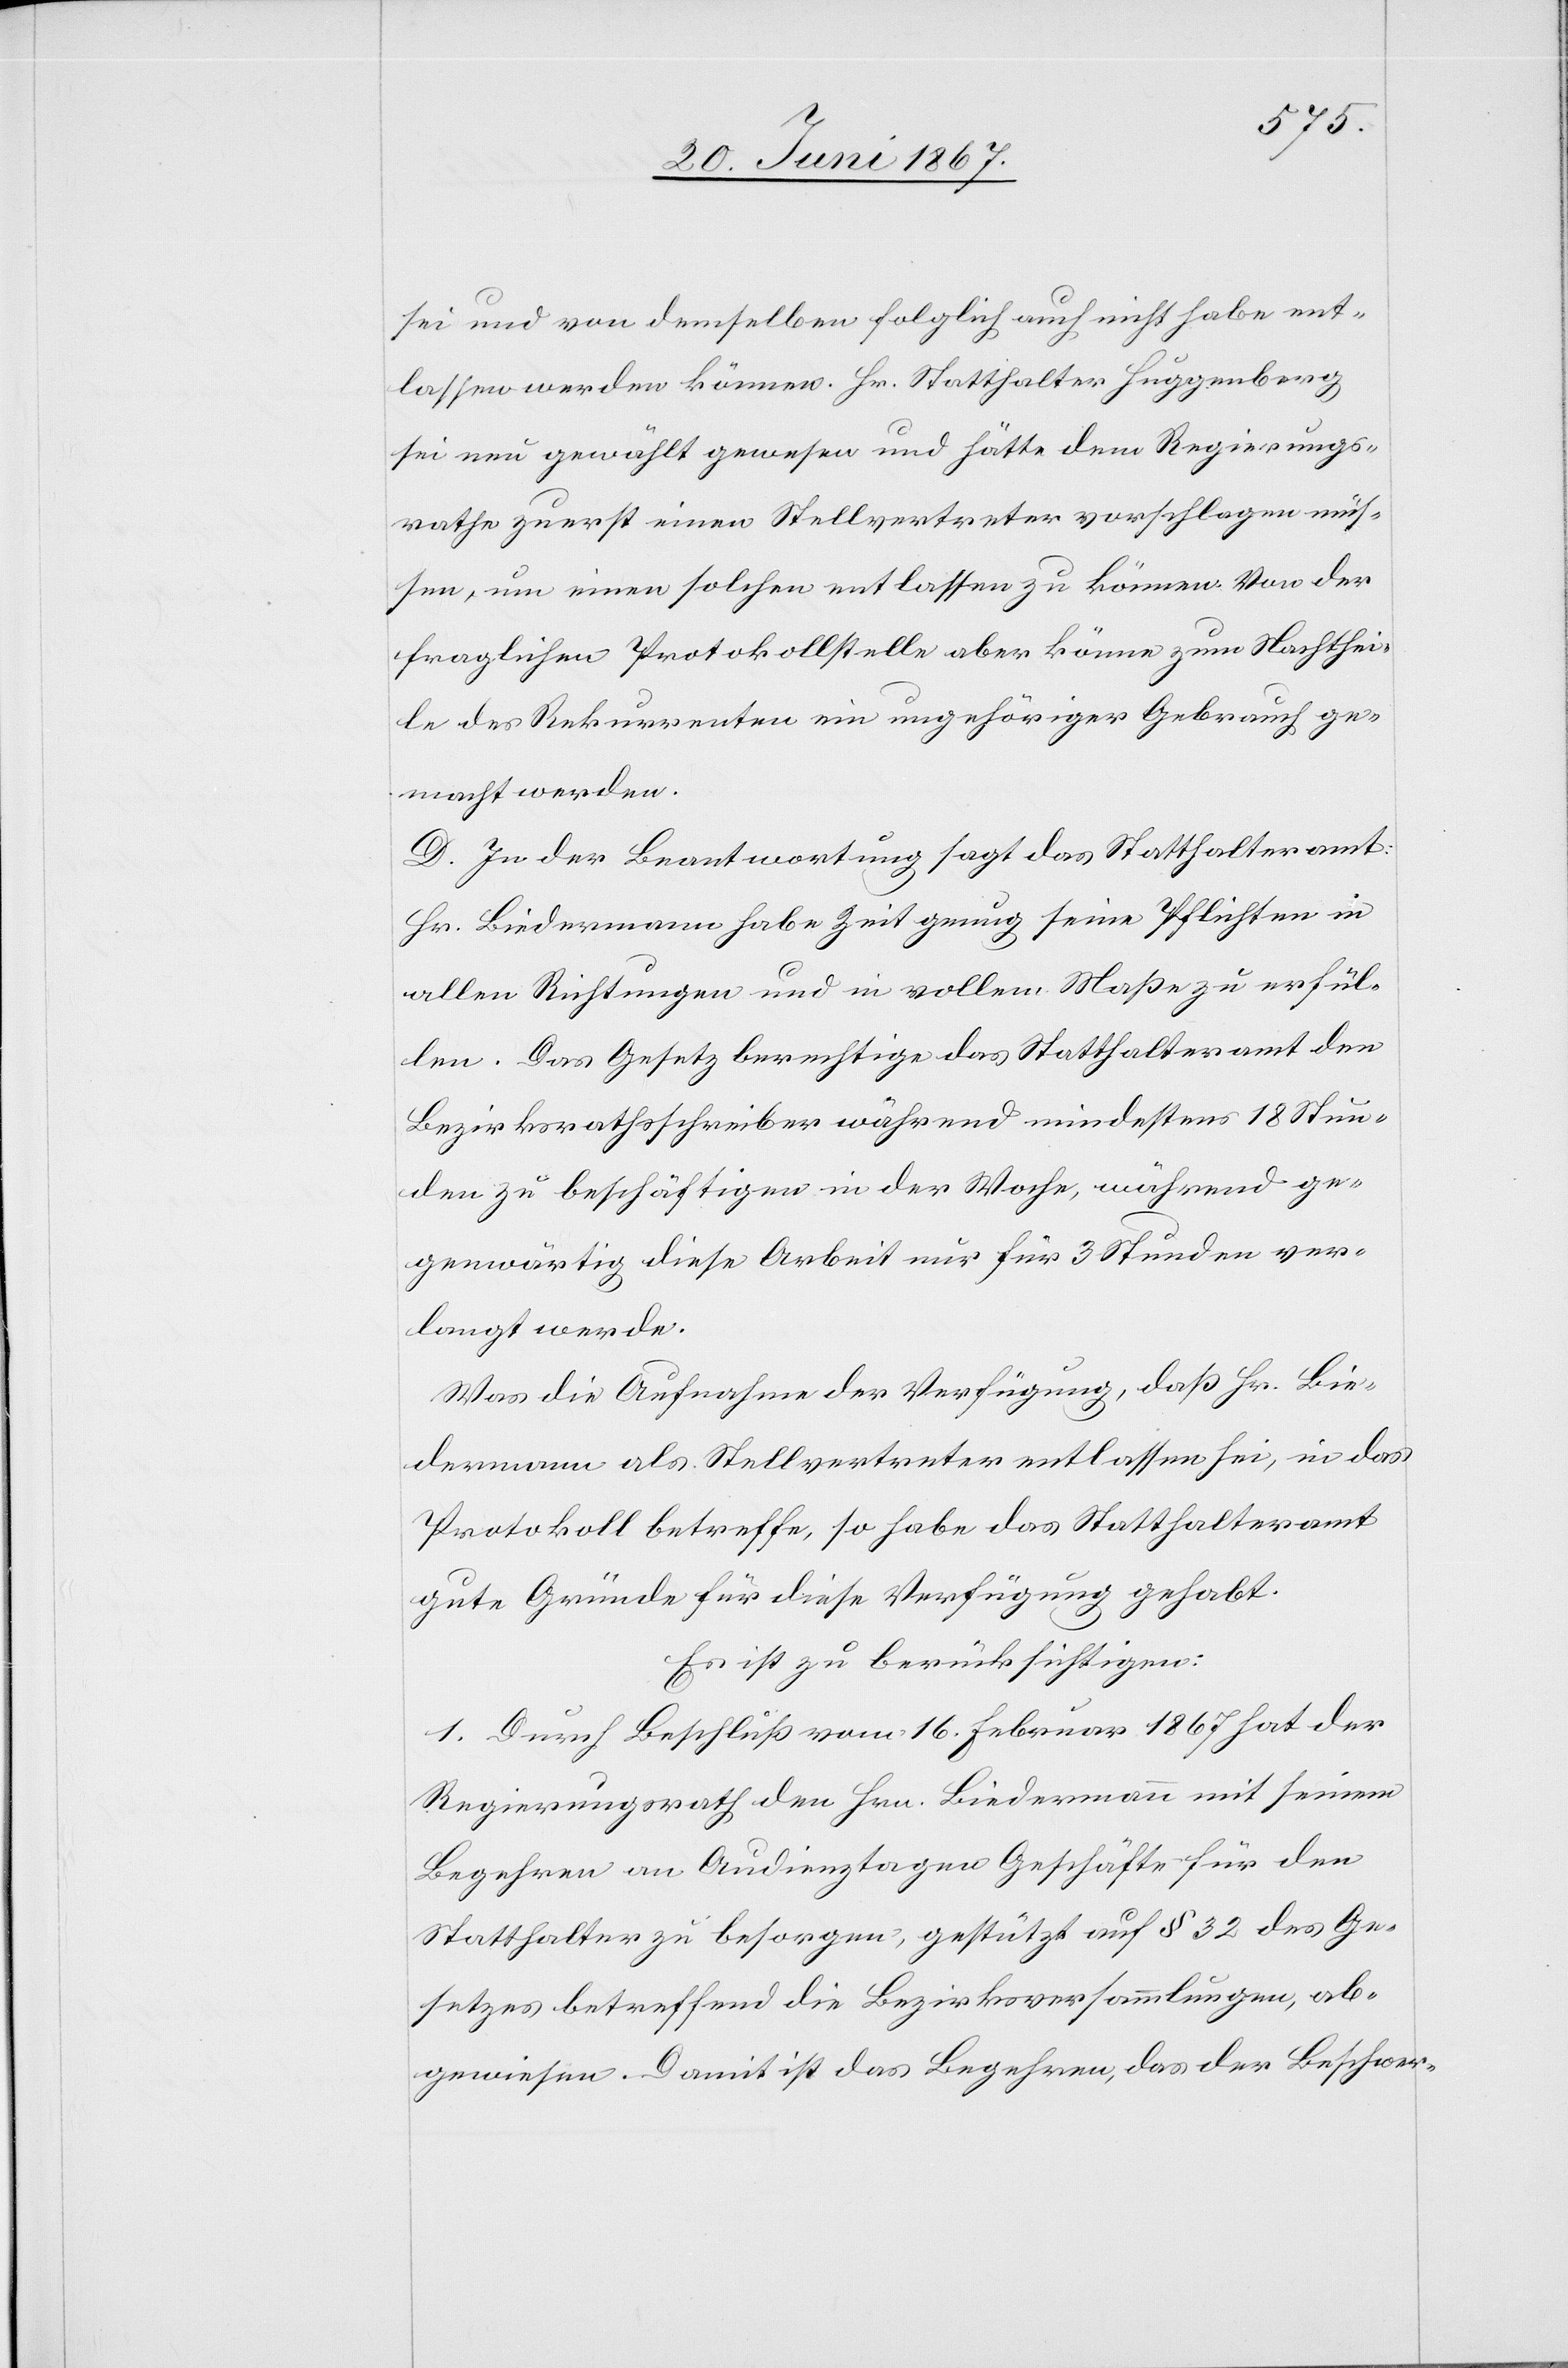
sei und von demselben folglich auch nicht habe ent¬
lassen werden können. Hr. Statthalter Huggenberg
sei neu gewählt gewesen und hätte dem Regierungs¬
rathe zuerst einen Stellvertreter vorschlagen müs¬
sen, um einen solchen entlassen zu können. Von der
fraglichen Protokollstelle aber könne zum Nachthei¬
le des Rekurrenten ein ungehöriger Gebrauch ge¬
macht werden.
D. In der Beantwortung sagt das Statthalteramt:
Hr. Biedermann habe Zeit genug seine Pflichten in
allen Richtungen und in vollem Maße zu erfül¬
len. Das Gesetz berechtige das Statthalteramt den
Bezirksrathsschreiber während mindestens 18 Stun¬
den zu beschäftigen in der Woche, während ge¬
genwärtig diese Arbeit nur für 3 Stunden ver¬
langt werde.
Was die Aufnahme der Verfügung, daß Hr. Bie¬
dermann als Stellvertreter entlassen sei, in das
Protokoll betreffe, so habe das Statthalteramt
gute Gründe für die Verfügung gehabt.
Es ist zu berücksichtigen:
1. Durch Beschluß vom 16. Februar 1867 hat der
Regierungsrath den Hrn. Biedermann mit seinem
Begehren an Audienztagen [?keine] Geschäfte für den
Statthalter zu besorgen, gestützt auf § 32 des Ge¬
setzes betreffend die Bezirksversammlungen, ab¬
gewiesen. Damit ist das Begehren, das der Beschwer-